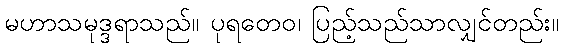
မဟာသမုဒ္ဒရာသည်။ ပုရတေဝ၊ ပြည့်သည်သာလျှင်တည်း။